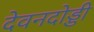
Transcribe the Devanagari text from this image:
देवनदोड्डी